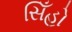
સિઁહો